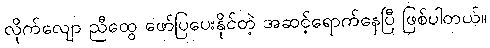
လိုက်လျော ညီထွေ ဖော်ပြပေးနိုင်တဲ့ အဆင့်ရောက်နေပြီ ဖြစ်ပါတယ်။